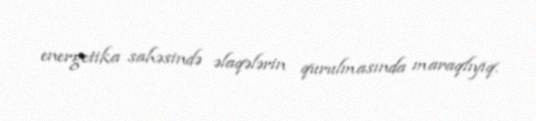
energetika sahəsində əlaqələrin qurulmasında maraqlıyıq.